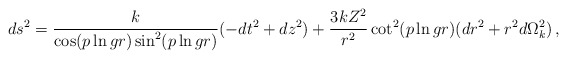
\begin{align*}ds^2 = \frac{k}{\cos(p\ln gr)\sin^2(p\ln gr)} (-dt^2 + dz^2) + \frac{3kZ^2}{r^2}\cot^2(p\ln gr)(dr^2 + r^2 d\Omega_k^2)\,, \end{align*}